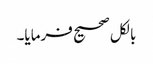
بالکل صحیح فرمایا۔